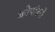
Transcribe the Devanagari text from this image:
कोपांडरो